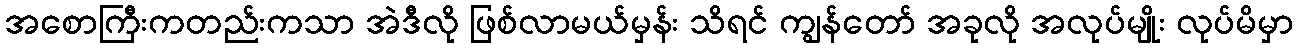
အစောကြီးကတည်းကသာ အဲဒီလို ဖြစ်လာမယ်မှန်း သိရင် ကျွန်တော် အခုလို အလုပ်မျိုး လုပ်မိမှာ